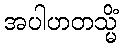
အပါဟတသ္မိံ